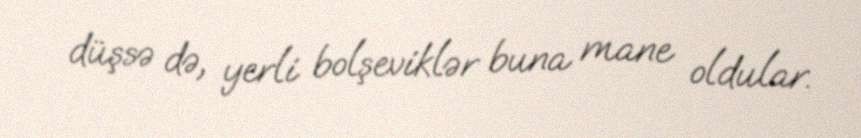
düşsə də, yerli bolşeviklər buna mane oldular.